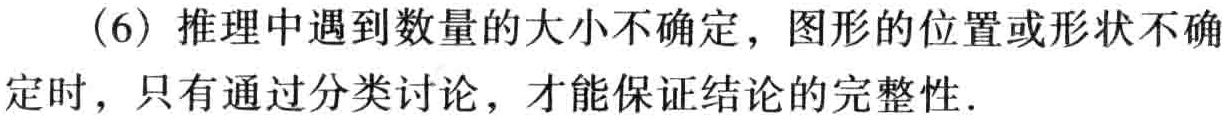
（6）推理中遇到数量的大小不确定，图形的位置或形状不确定时，只有通过分类讨论，才能保证结论的完整性.